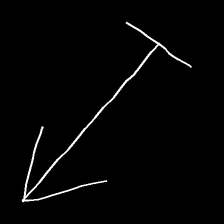
Glyph: levitation